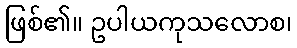
ဖြစ်၏။ ဥပါယကုသလောစ၊